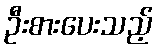
ဦးစားပေးသည့်